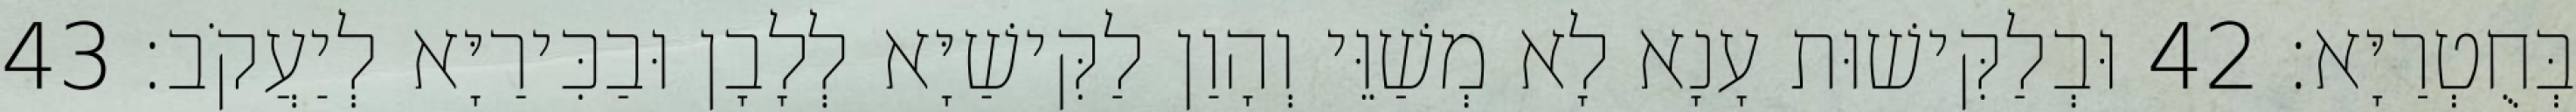
בְּחֻטְרַיָּא׃ 42 וּבְלַקִּישׁוּת עָנָא לָא מְשַׁוֵּי וְהָוַן לַקִּישַׁיָּא לְלָבָן וּבַכִּירַיָּא לְיַעֲקֹב׃ 43